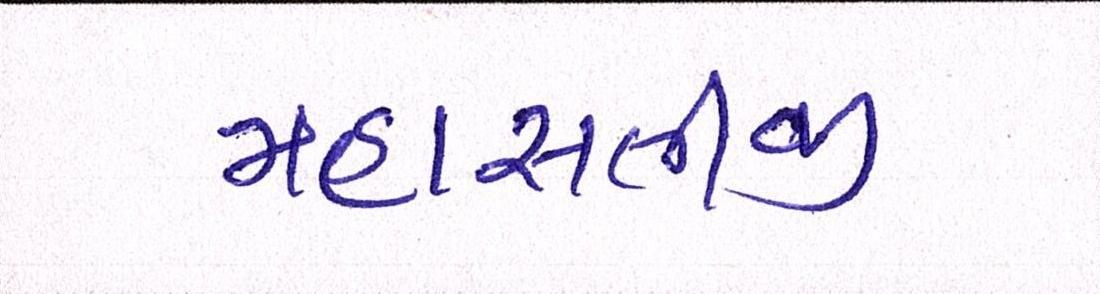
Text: મહાસતીજી